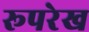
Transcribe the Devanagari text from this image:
रूपरेख